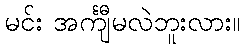
မင်း အင်္ကျီမလဲဘူးလား။